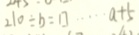
2 1 0 \div b = \square \cdots a + 5